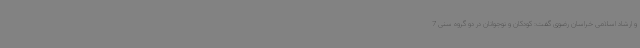
و ارشاد اسلامی خراسان رضوی گفت: کودکان و نوجوانان در دو گروه سنی 7